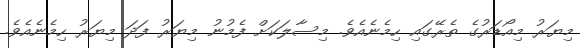
މިޔަރު މިއޯޑަރުގެ ތެރޭގައި ހިމެނެއެވެ. މިސާލަކަށް ފެމުނު މިޔަރު ފަދަ މިޔަރު ހިމެނެއެވެ.